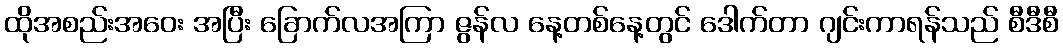
ထိုအစည်းအဝေး အပြီး ခြောက်လအကြာ ဇွန်လ နေ့တစ်နေ့တွင် ဒေါက်တာ ဂျင်းကာရန်သည် စီဒီစီ